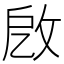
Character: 𢼚